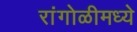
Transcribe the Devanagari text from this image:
रांगोळीमध्ये